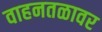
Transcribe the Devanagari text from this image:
वाहनतळावर